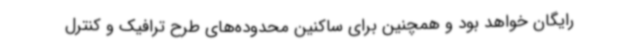
رایگان خواهد بود و همچنین برای ساکنین محدوده‌های طرح ترافیک و کنترل